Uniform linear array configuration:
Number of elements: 64
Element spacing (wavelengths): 0.5
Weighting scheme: uniform
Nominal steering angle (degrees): -60
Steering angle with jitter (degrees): -61.097
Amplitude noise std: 0.05
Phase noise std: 0.05

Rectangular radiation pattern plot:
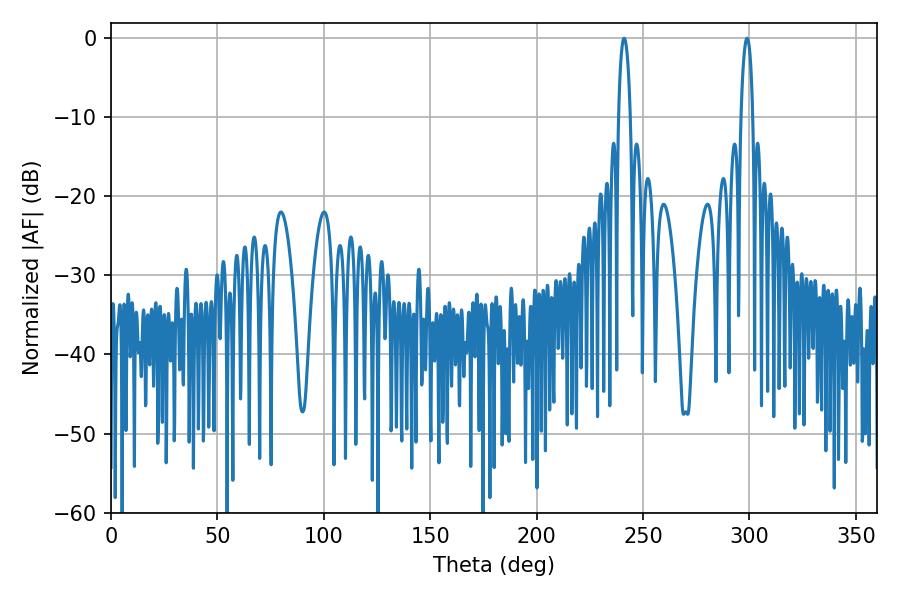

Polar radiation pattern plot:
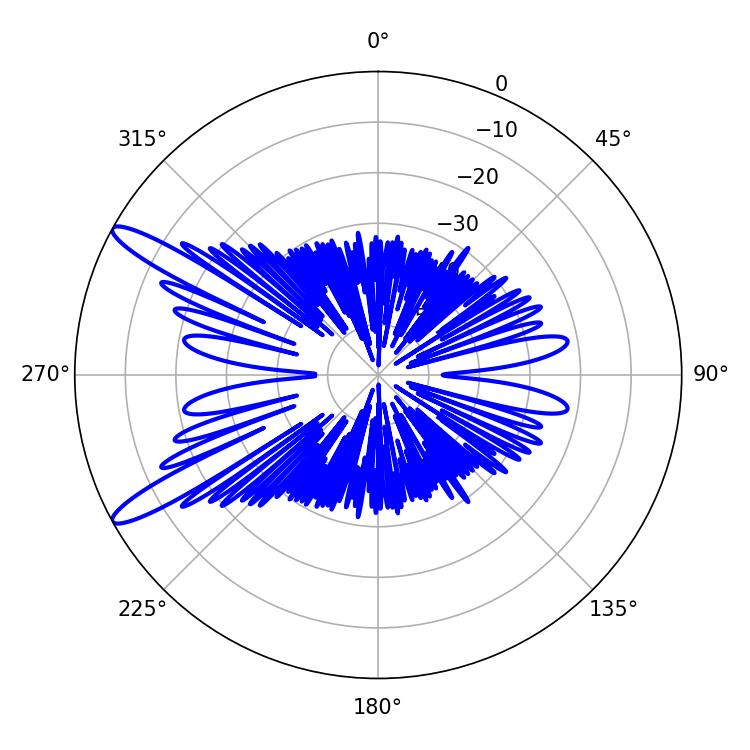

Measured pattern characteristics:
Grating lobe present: FALSE
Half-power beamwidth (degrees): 3.06
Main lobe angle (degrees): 298.8